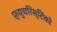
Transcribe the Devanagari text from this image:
फ़्युचरिस्टिको